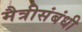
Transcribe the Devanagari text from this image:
मैत्रीसंबंधी